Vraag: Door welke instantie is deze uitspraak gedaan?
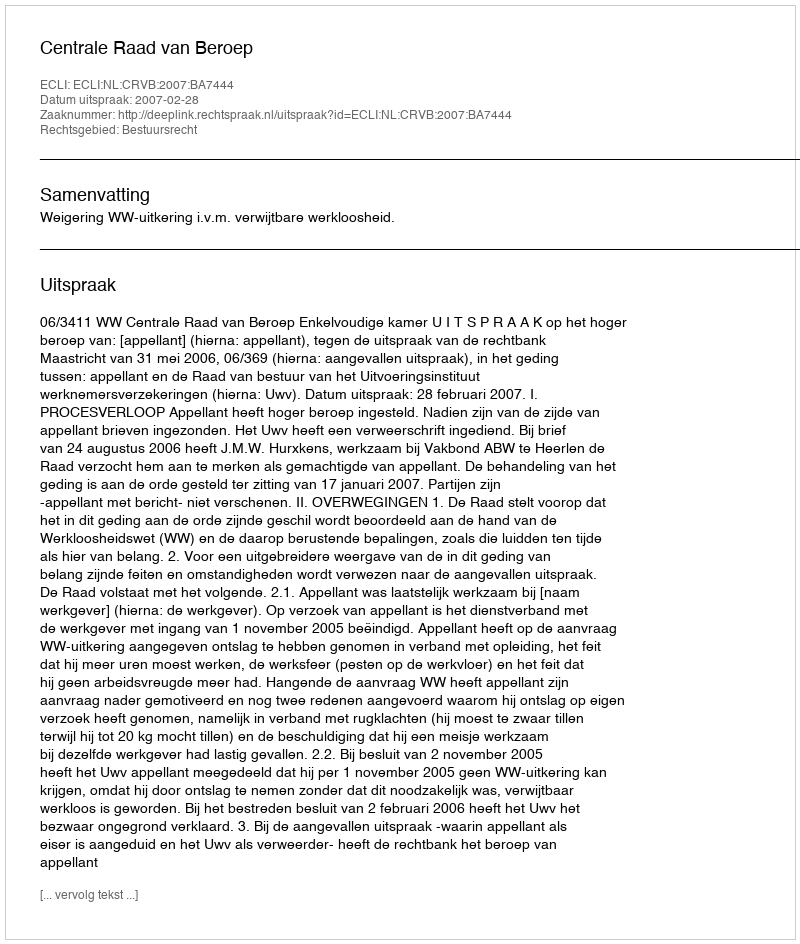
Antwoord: Centrale Raad van Beroep